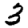
Digit: 3